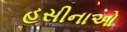
હસીનાઓ